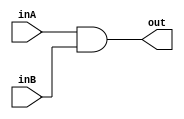
module andm (inA, inB, out);
//1 bit and for (branch & zero)
input inA, inB;
output out;

assign out=inA&inB;

endmodule